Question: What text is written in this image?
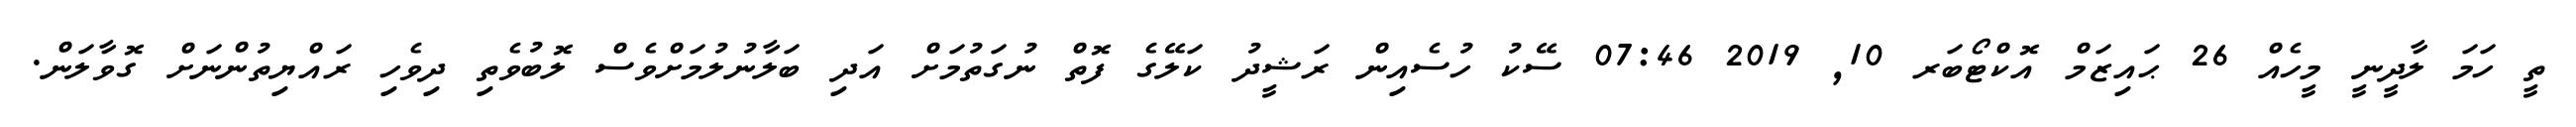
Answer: ތީ ހަމަ ލާދީނީ މީހެއް 26 ޙައިޒަމް އޮކްޓޯބަރ 10, 2019 07:46 ސޭކު ހުސެއިން ރަޝީދު ކަލޭގެ ފޮތް ނުގަތުމަށް އަދި ބަލާނުލުމަށްވެސް ލޮބުވެތި ދިވެހި ރައްޔިތުންނަށް ގޮވާލަން.